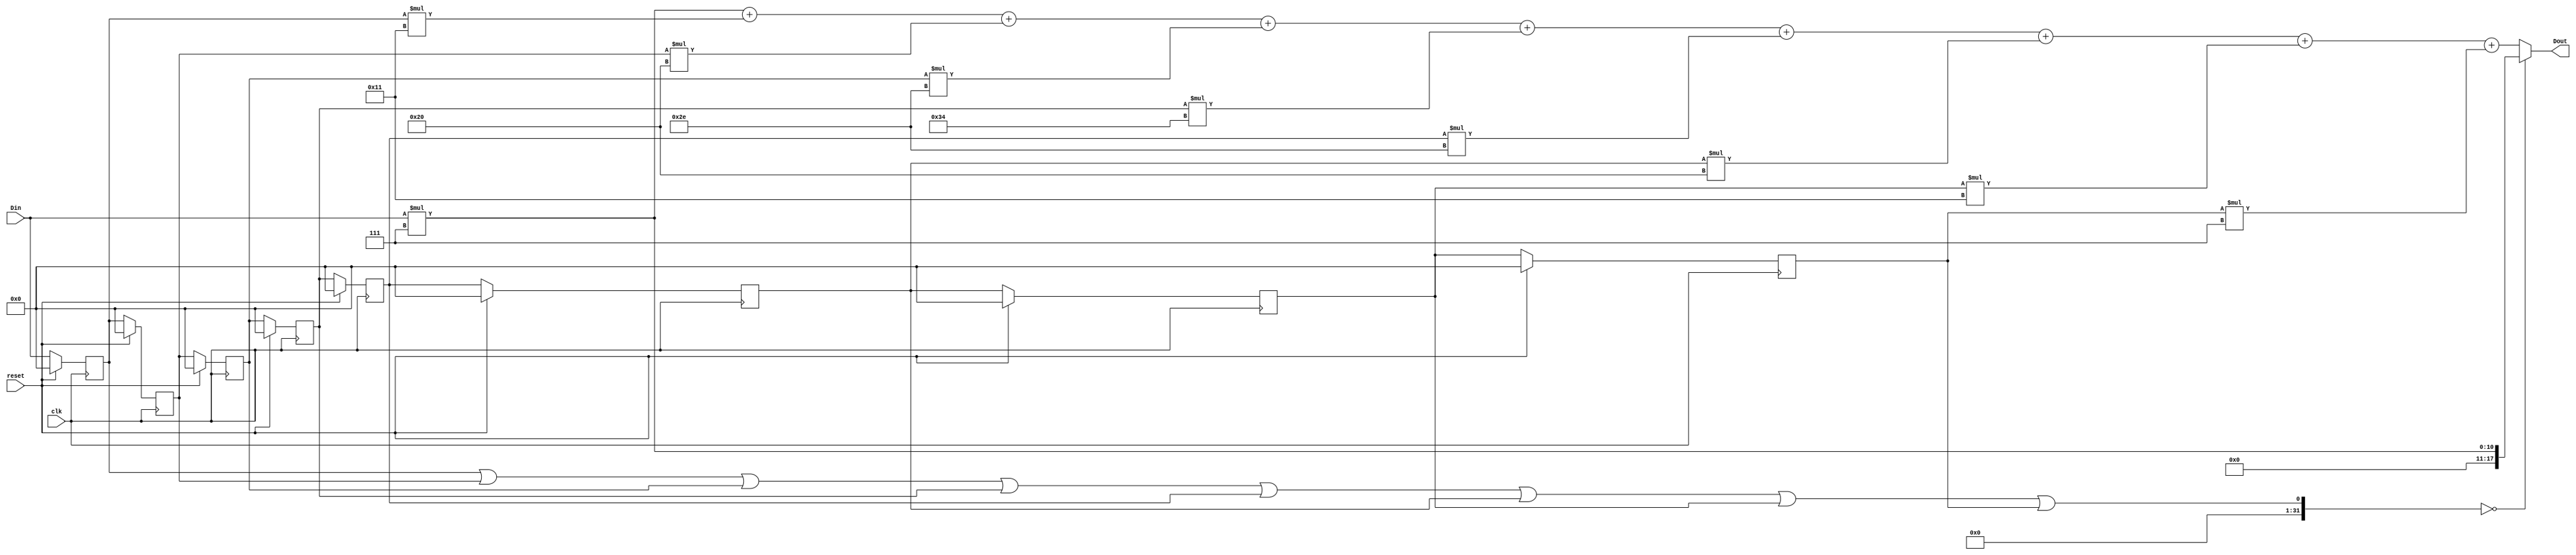
module FIR(Dout, Din, clk, reset);

parameter b0=7;
parameter b1=17;
parameter b2=32;
parameter b3=46;
parameter b4=52;
parameter b5=46;
parameter b6=32;
parameter b7=17;
parameter b8=7;

output	reg [17:0]	Dout;
input 	[7:0] 	Din;
input 		clk, reset;

reg [7:0] temp [0:7];

always@(posedge clk)
begin
	if(reset)
	begin
		temp[0]<=8'd0;
                temp[1]<=8'd0;
                temp[2]<=8'd0;
                temp[3]<=8'd0;
                temp[4]<=8'd0;
                temp[5]<=8'd0;
                temp[6]<=8'd0;
                temp[7]<=8'd0;
	end
	else
	begin
		temp[0]<=Din;
		temp[1]<=temp[0];
                temp[2]<=temp[1];
                temp[3]<=temp[2];
                temp[4]<=temp[3];
                temp[5]<=temp[4];
                temp[6]<=temp[5];
                temp[7]<=temp[6];
	end
end

always@(*)
begin
	if((temp[0]||temp[1]||temp[2]||temp[3]||temp[4]||temp[5]||temp[6]||temp[7])==0)
		Dout=Din*'d7;
	else
		Dout=(Din*b0)+(temp[0]*b1)+(temp[1]*b2)+(temp[2]*b3)+(temp[3]*b4)+(temp[4]*b5)+(temp[5]*b6)+(temp[6]*b7)+(temp[7]*b8);
end
endmodule